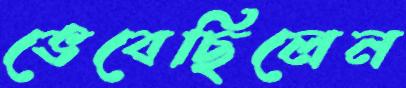
ভেবেছিলেন